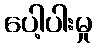
ပေါ့ပါးမှု